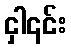
ငှါ၎င်း